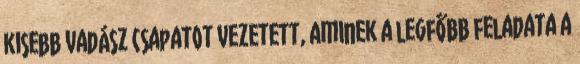
kisebb vadász csapatot vezetett, aminek a legfőbb feladata a